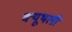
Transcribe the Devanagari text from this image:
क्यूथली